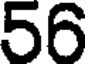
56